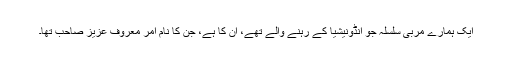
ایک ہمارے مربی سلسلہ جو انڈونیشیا کے رہنے والے تھے، اُن کا ہے، جن کا نام امر معروف عزیز صاحب تھا۔